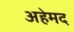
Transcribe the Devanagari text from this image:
अहेमद